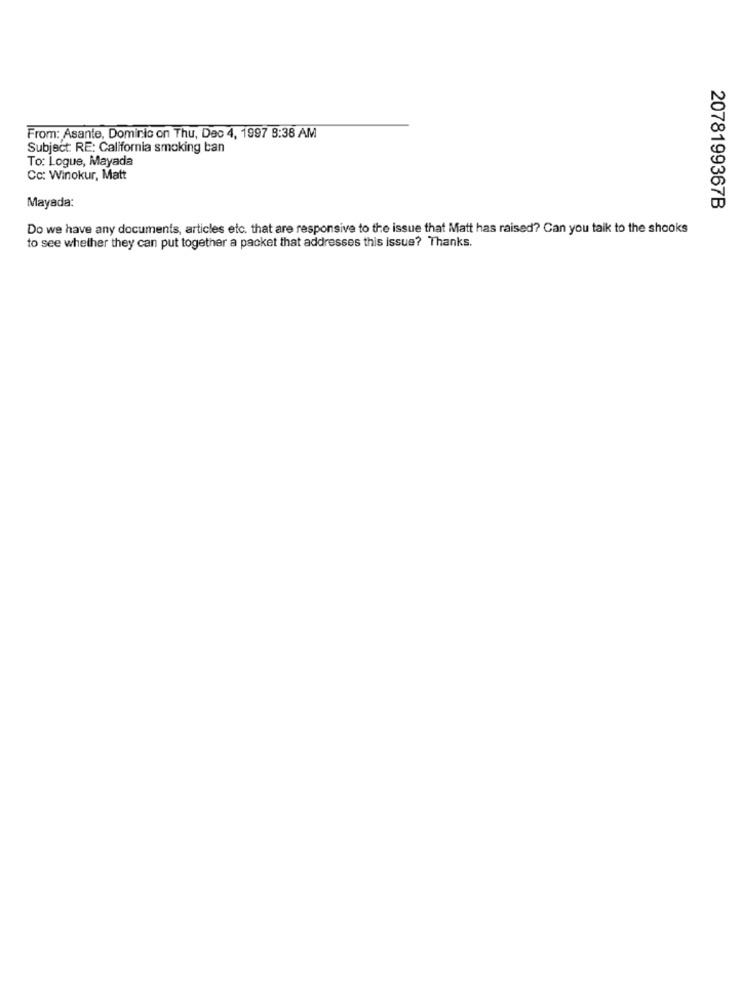
From: Asante, Dominic on Thu, Dec 4, 1997 8:38 AM
Subject: RE: California smoking ban
To: Logue, Mayada
Cc: Winokur, Matt
Mayada:
2078199367B
Do we have any documents, articles etc. that are responsive to the issue that Matt has raised? Can you talk to the shooks
to see whether they can put together a packet that addresses this issue? Thanks.